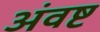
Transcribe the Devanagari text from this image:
अंवष्ट